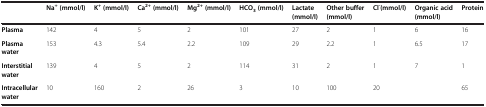
|  | Na+ (mmol/l) | K+ (mmol/l) | Ca2+ (mmol/l) | Mg2+ (mmol/l) | HCO3 (mmol/l) | Lactate(mmol/l) | Other buffer (mmol/l) | Cl-(mmol/l) | Organic acid (mmol/l) | Protein |
 | --- | --- | --- | --- | --- | --- | --- | --- | --- | --- | --- |
 | Plasma | 142 | 4 | 5 | 2 | 101 | 27 | 2 | 1 | 6 | 16 |
 | Plasma water | 153 | 4.3 | 5.4 | 2.2 | 109 | 29 | 2.2 | 1 | 6.5 | 17 |
 | Interstitial water | 139 | 4 | 5 | 2 | 114 | 31 | 2 | 1 | 7 | 1 |
 | Intracellular water | 10 | 160 | 2 | 26 | 3 | 10 | 100 | 20 |  | 65 |